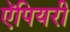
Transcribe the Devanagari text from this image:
ऍपियरी